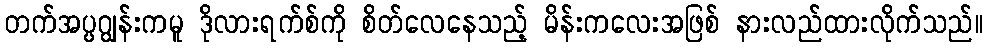
တက်အပ္ပဂျွန်းကမူ ဒိုလားရက်စ်ကို စိတ်လေနေသည့် မိန်းကလေးအဖြစ် နားလည်ထားလိုက်သည်။